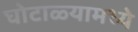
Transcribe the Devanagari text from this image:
घोटाळ्यामध्ये